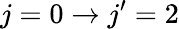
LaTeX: j=0\rightarrow j^{\prime}=2